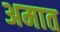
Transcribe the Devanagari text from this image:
अमात